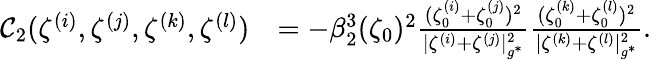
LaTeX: \begin{array}{rl}{\mathcal{C}_{2}(\zeta^{(i)},\zeta^{(j)},\zeta^{(k)},\zeta^{(l)})}&{=-\beta_{2}^{3}(\zeta_{0})^{2}\frac{(\zeta_{0}^{(i)}+\zeta_{0}^{(j)})^{2}}{|{\zeta^{(i)}}+{\zeta^{(j)}}|_{g^{*}}^{2}}\frac{(\zeta_{0}^{(k)}+\zeta_{0}^{(l)})^{2}}{|{\zeta^{(k)}}+{\zeta^{(l)}}|_{g^{*}}^{2}}.}\end{array}